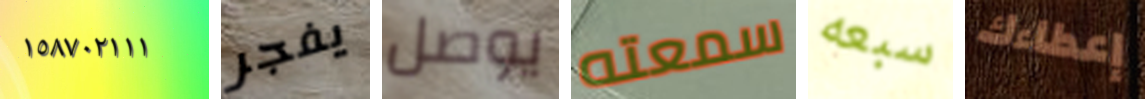
١٥٨٧٠٢١١١ يفجر يوصل سمعته سبعه إعطاءك